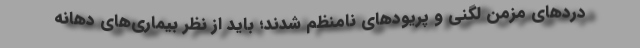
دردهای مزمن لگنی و پریودهای نامنظم شدند؛ باید از نظر بیماری‌های دهانه